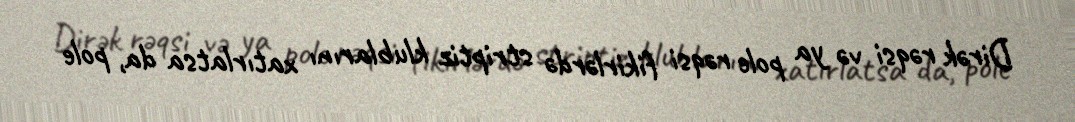
Dirək rəqsi və ya pole rəqsi fikirlərdə striptiz klublarını xatırlatsa da, pole